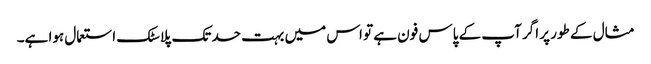
مثال کے طور پر اگر آپ کے پاس فون ہے تو اس میں بہت حد تک پلاسٹک استعمال ہوا ہے۔